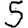
Digit: 5